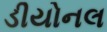
ડીયોનલ